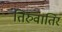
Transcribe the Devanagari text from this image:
तिरुवातिर